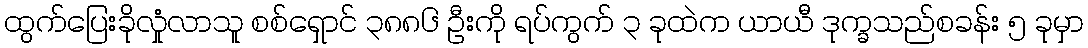
ထွက်ပြေးခိုလှုံလာသူ စစ်ရှောင် ၃၈၈၆ ဦးကို ရပ်ကွက် ၃ ခုထဲက ယာယီ ဒုက္ခသည်စခန်း ၅ ခုမှာ